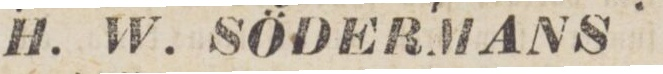
H. W. SÖDERMANS